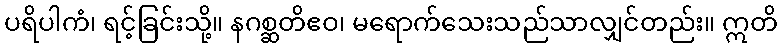
ပရိပါကံ၊ ရင့်ခြင်းသို့။ နဂစ္ဆတိဧဝ၊ မရောက်သေးသည်သာလျှင်တည်း။ ဣတိ